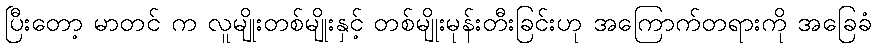
ပြီးတော့ မာတင် က လူမျိုးတစ်မျိုးနှင့် တစ်မျိုးမုန်းတီးခြင်းဟု အကြောက်တရားကို အခြေခံ